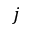
j